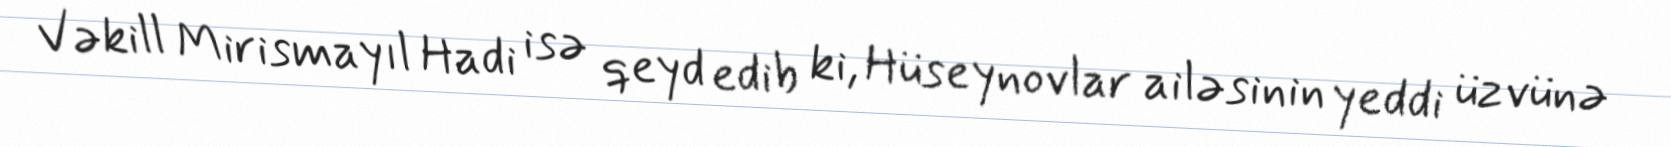
Vəkill Mirismayıl Hadi isə qeyd edib ki, Hüseynovlar ailəsinin yeddi üzvünə